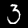
Label: 3